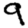
Digit: 9